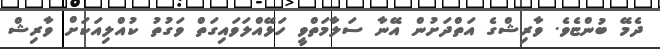
ދެމޭ ބުންޏެވެ. ވާރިޝްގެ އަތްދަށުން އޭނާ ސަލާމަތްވީ ހަޅޭއްލަވައިގަތް ވަގުތު ކުއްލިއަކަށް ވާރިޝް